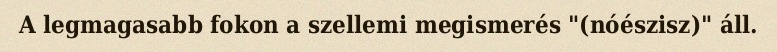
A legmagasabb fokon a szellemi megismerés "(nóészisz)" áll.